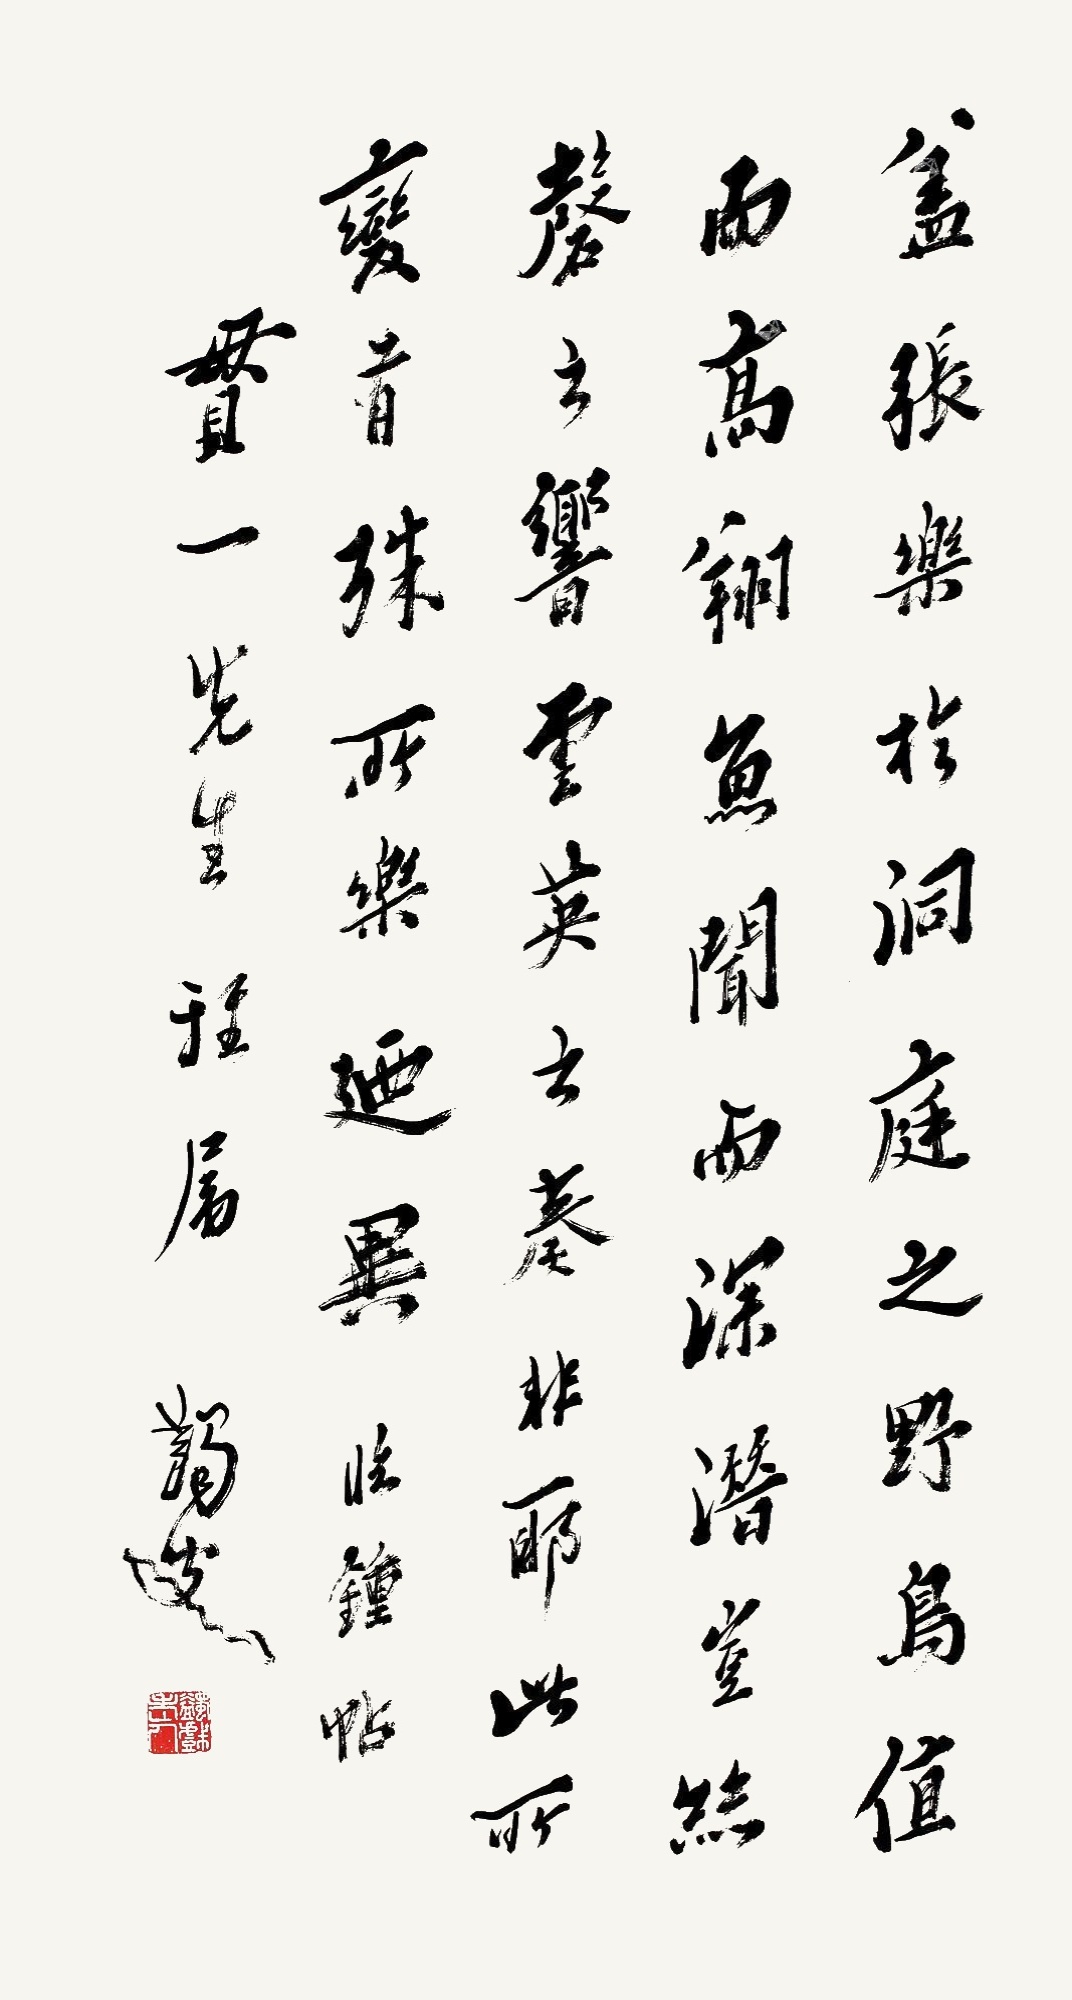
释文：盖张乐于洞庭之野，鸟值而高翔，鱼闻而深潜。岂丝磬之响、云英之奏非耶，此所变者殊，所乐乃异。临钟帖。贯一先生雅属，蠲叟。